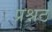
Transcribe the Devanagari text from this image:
प्रश्नठ